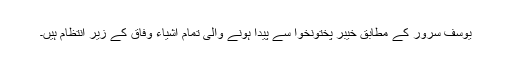
یوسف سرور کے مطابق خیبر پختونخوا سے پیدا ہونے والی تمام اشیاء وفاق کے زیر انتظام ہیں۔